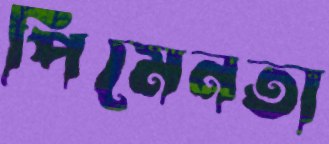
পিমেনতা